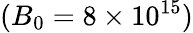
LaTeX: (B_{0}=8\times 10^{15})